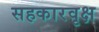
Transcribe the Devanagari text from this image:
सहकारवृक्ष